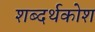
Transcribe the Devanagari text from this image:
शब्दर्थकोश